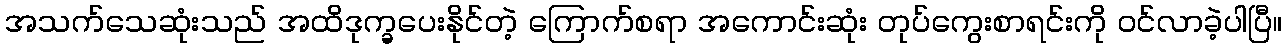
အသက်သေဆုံးသည် အထိဒုက္ခပေးနိုင်တဲ့ ကြောက်စရာ အကောင်းဆုံး တုပ်ကွေးစာရင်းကို ဝင်လာခဲ့ပါပြီ။